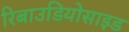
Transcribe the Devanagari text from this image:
रिबाउडियोसाइड